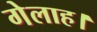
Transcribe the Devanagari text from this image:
गेलाह।